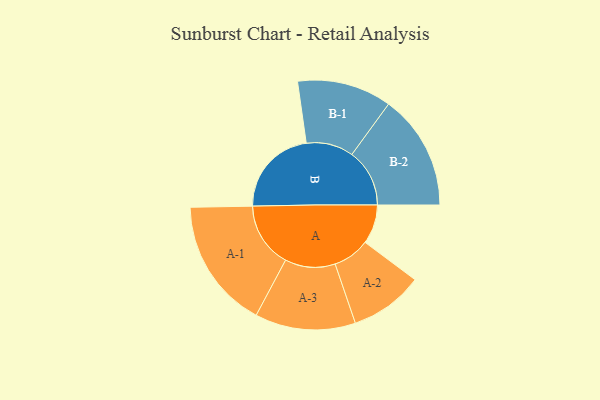
{"axis": {"x": "Segment", "y": "Value"}, "legend": ["", "A", "B"], "data": [{"x": "A", "y": 158, "type": ""}, {"x": "B", "y": 357, "type": ""}, {"x": "A-1", "y": 262, "type": "A"}, {"x": "A-2", "y": 148, "type": "A"}, {"x": "A-3", "y": 202, "type": "A"}, {"x": "B-1", "y": 190, "type": "B"}, {"x": "B-2", "y": 232, "type": "B"}]}